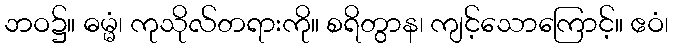
ဘဝ၌။ ဓမ္မံ၊ ကုသိုလ်တရားကို။ စရိတွာန၊ ကျင့်သောကြောင့်။ ဧဝံ၊